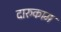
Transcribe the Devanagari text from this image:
दारुकाम